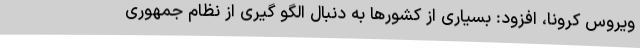
ویروس کرونا، افزود: بسیاری از کشورها به دنبال الگو گیری از نظام جمهوری